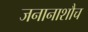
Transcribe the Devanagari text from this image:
जनानाशौच